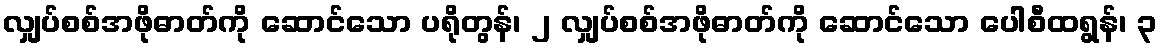
လျှပ်စစ်အဖိုဓာတ်ကို ဆောင်သော ပရိုတွန်၊ ၂ လျှပ်စစ်အဖိုဓာတ်ကို ဆောင်သော ပေါစီထရွန်၊ ၃